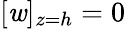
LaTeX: [\mathit{w}]_{z=h}=0